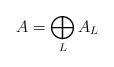
LaTeX: \begin{align*}A=\bigoplus_L A_L\end{align*}